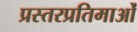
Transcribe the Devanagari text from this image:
प्रस्तरप्रतिमाओं